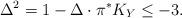
LaTeX: \begin{align*}\Delta^2=1-\Delta\cdot \pi^{\ast}K_Y \leq -3.\end{align*}